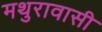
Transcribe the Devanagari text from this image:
मथुरावासी